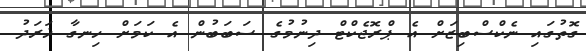
ގޮތުގައި ނެކްސްބިޒަށް އެ ޕްރޮޖެކްޓް ދިނުމުގެ ސަބަބުން އެ ކަމަށް ހިނގާ ޚަރަދު